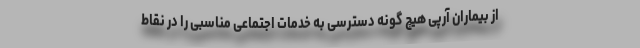
از بیماران آرپی هیچ گونه دسترسی به خدمات اجتماعی مناسبی را در نقاط